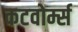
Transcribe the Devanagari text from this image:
कटवोर्म्स